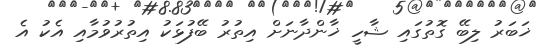
ޚަބަރު ލިބޭ ގޮތުގައި ޝާހީ ޚާންދާނަށް އިތުރު ބޭފުޅަކު އިތުރުވުމާއި އެކު އެ